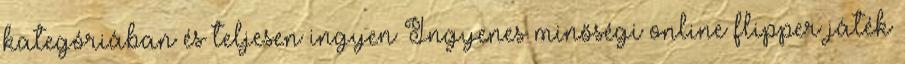
kategóriában és teljesen ingyen Ingyenes minőségi online flipper játék